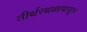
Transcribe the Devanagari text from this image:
तीर्थस्थळापासून